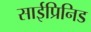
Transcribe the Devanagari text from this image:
साईप्रिनिड